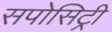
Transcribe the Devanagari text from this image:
सपोसिट्री